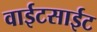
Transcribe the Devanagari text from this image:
वाईटसाईट